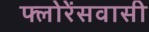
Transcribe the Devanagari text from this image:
फ्लोरेंसवासी